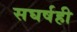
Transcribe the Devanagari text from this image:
सघर्षही